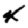
Digit: 4